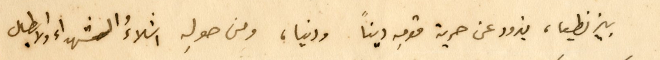
بيزنطيا، يزود عن حرية قومِه ديناً ودنيا، ومن حولِه اشلاءُ الشهداء والابطال